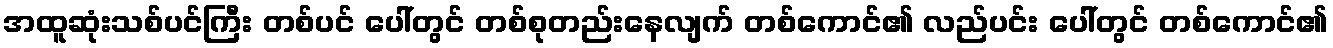
အထူဆုံးသစ်ပင်ကြီး တစ်ပင် ပေါ်တွင် တစ်စုတည်းနေလျက် တစ်ကောင်၏ လည်ပင်း ပေါ်တွင် တစ်ကောင်၏